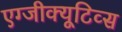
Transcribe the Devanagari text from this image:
एग्जीक्यूटिव्स